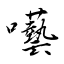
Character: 囈